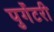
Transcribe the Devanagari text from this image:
पुर्गेटरी